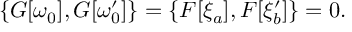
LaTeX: \{ G [ \omega _ { 0 } ] , G [ \omega _ { 0 } ^ { \prime } ] \} = \{ { \cal F } [ \xi _ { a } ] , { \cal F } [ \xi _ { b } ^ { \prime } ] \} = 0 .